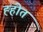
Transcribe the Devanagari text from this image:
ह्होत